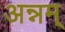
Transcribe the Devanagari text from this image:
अन्नम्